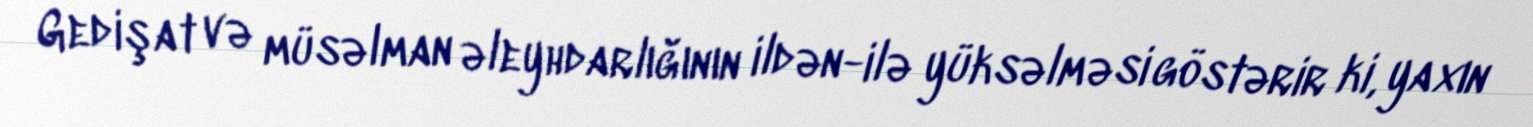
Gedişat və müsəlman əleyhdarlığının ildən-ilə yüksəlməsi göstərir ki, yaxın